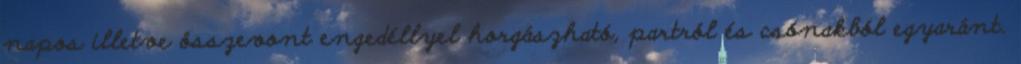
napos illetve összevont engedéllyel horgászható, partról és csónakból egyaránt.